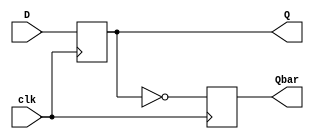
module D_FF (
    input clk,
    input D, // push btn
    output reg Q, 
    output reg Qbar
);
    
    always @(posedge clk) begin
        Q <= D;
        Qbar <= !Q; 
    end

endmodule